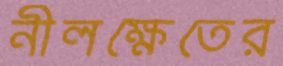
নীলক্ষেতের